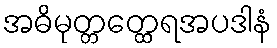
အဓိမုတ္တတ္ထေရအပဒါနံ